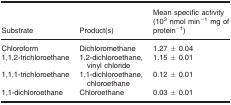
| Substrate | Product(s) | Mean specific activity (103 nmol min−1 mg of protein−1) |
 | --- | --- | --- |
 | Chloroform | Dichloromethane | 1.27 ± 0.04 |
 | 1,1,2‐trichloroethane | 1,2‐dichloroethane, vinyl chloride | 1.15 ± 0.01 |
 | 1,1,1‐trichloroethane | 1,1‐dichloroethane, chloroethane | 0.12 ± 0.01 |
 | 1,1‐dichloroethane | Chloroethane | 0.03 ± 0.01 |